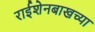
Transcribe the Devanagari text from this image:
राईशेनबाखच्या